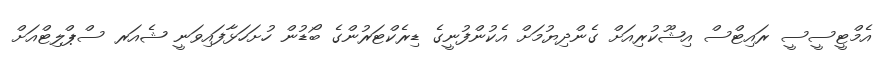
އެމްޓީސީސީ ރައިޓްސް އިޝޫކުރިއަށް ގެންދިޔުމަށް އެކުންފުނީގެ ޑިރެކްޓަރުންގެ ބޯޑުން ހުށަހަޅާފައިވަނީ ޝެއަރ ސްޕްލިޓްއަށް